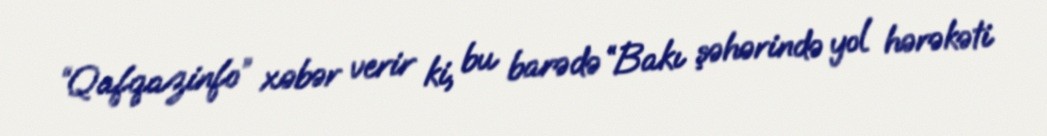
“Qafqazinfo” xəbər verir ki, bu barədə “Bakı şəhərində yol hərəkəti